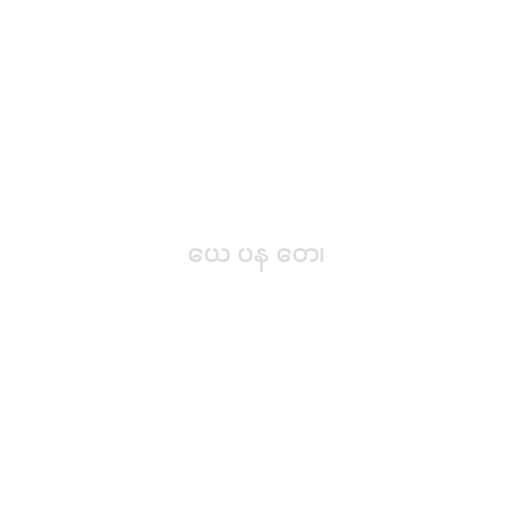
ယေ ပန တေ၊